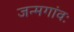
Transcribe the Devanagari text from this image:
जन्मगांवः